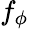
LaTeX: f_{\phi}